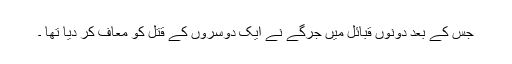
جس کے بعد دونوں قبائل میں جرگے نے ایک دوسروں کے قتل کو معاف کر دیا تھا ۔